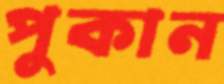
পুকান